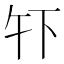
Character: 𫠧